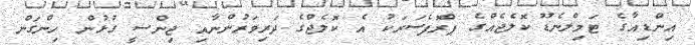
އިންޑިއާގެ ޓަމިލްނެޑޫ ކޮލެޖެއްގެ ޕްރޮފެސަރަކު އެ ކޮލެޖްގެ ދަރިވަރުންނާއި ޖިންސީ ގުޅުން ހިންގަން